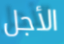
الأجل